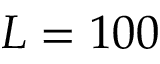
L = 1 0 0